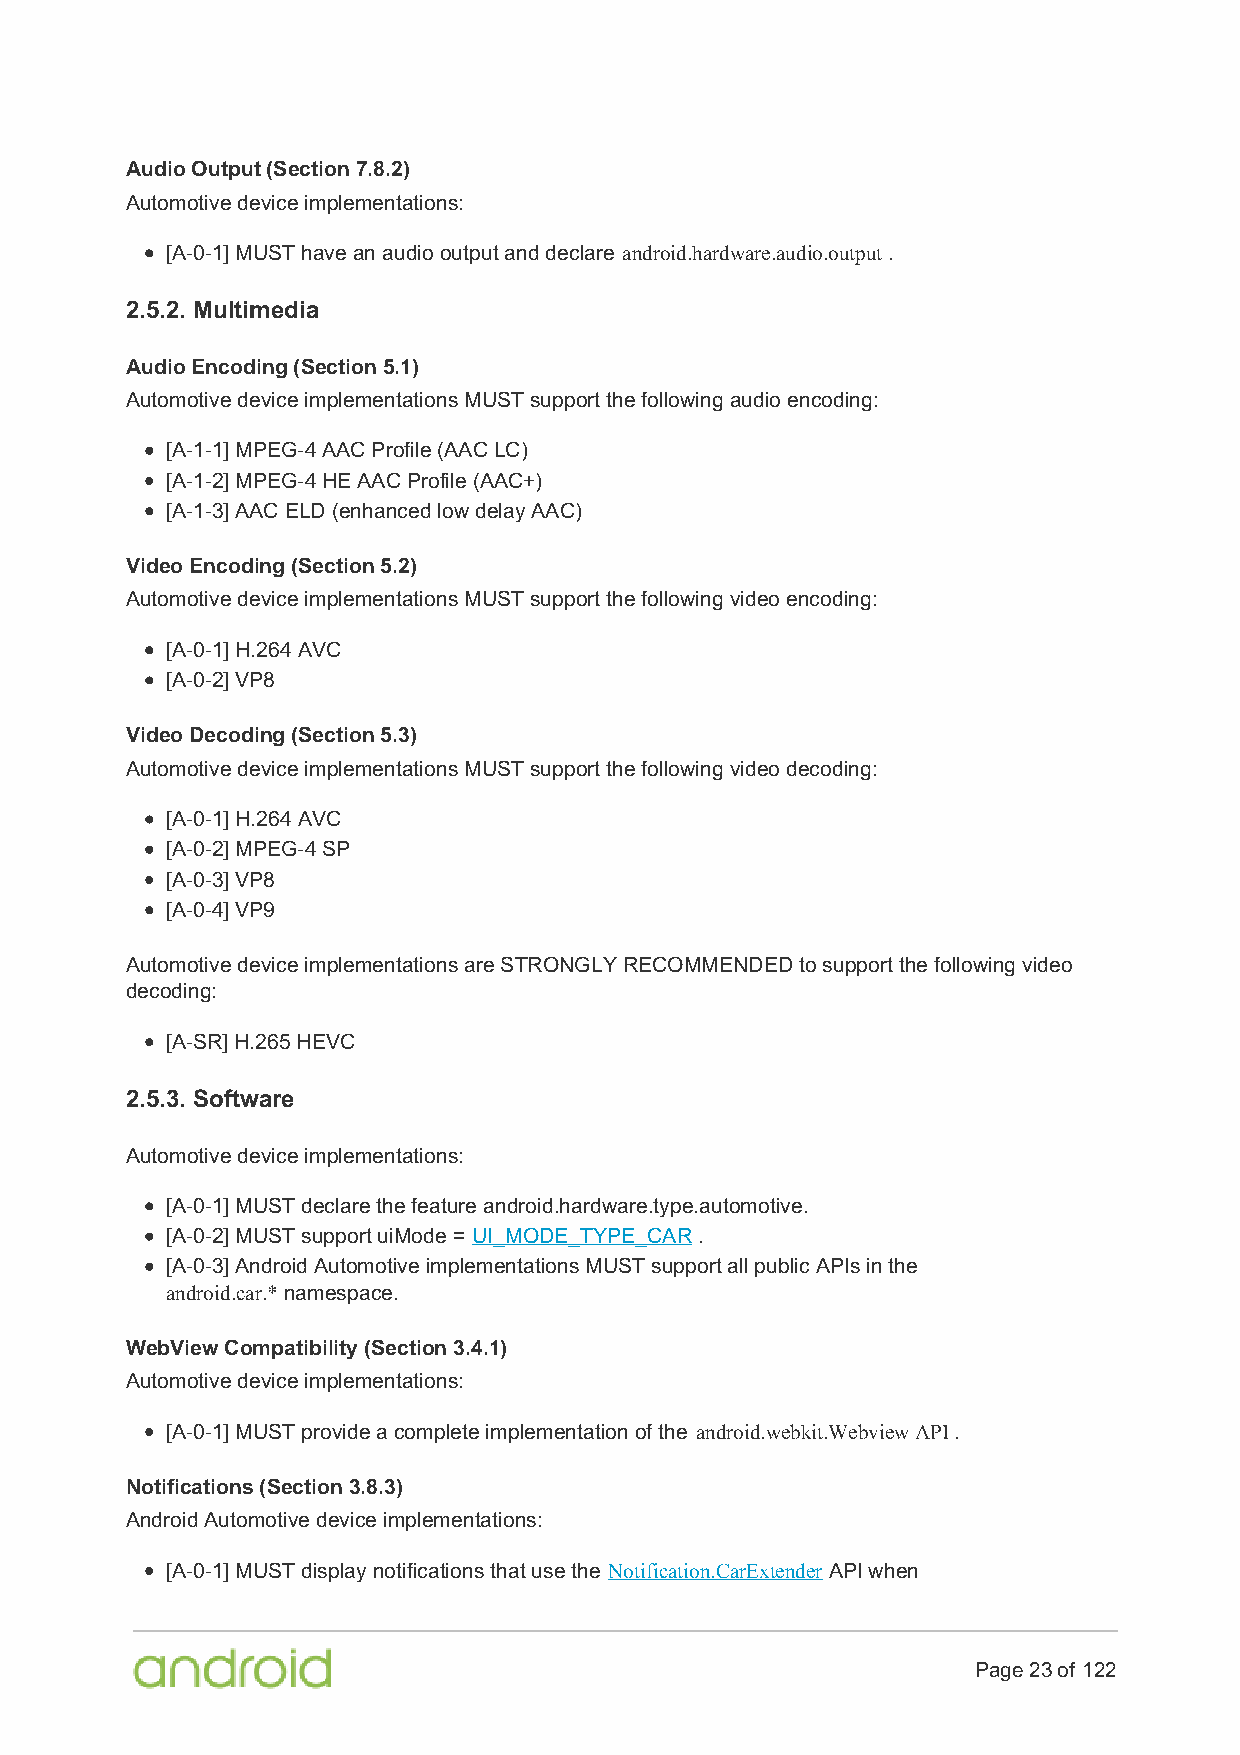
Audio Output (Section 7.8.2)
 Automotive device implementations:
 [A-0-1] MUST have an audio output and declare android.hardware.audio.output .
 2.5.2. Multimedia
 Audio Encoding (Section 5.1)
 Automotive device implementations MUST support the following audio encoding:
 [A-1-1] MPEG-4 AAC Profile (AAC LC)
 [A-1-2] MPEG-4 HE AAC Profile (AAC+)
 [A-1-3] AAC ELD (enhanced low delay AAC)
 Video Encoding (Section 5.2)
 Automotive device implementations MUST support the following video encoding:
 [A-0-1] H.264 AVC
 [A-0-2] VP8
 Video Decoding (Section 5.3)
 Automotive device implementations MUST support the following video decoding:
 [A-0-1] H.264 AVC
 [A-0-2] MPEG-4 SP
 [A-0-3] VP8
 [A-0-4] VP9
 Automotive device implementations are STRONGLY RECOMMENDED to support the following video
 decoding:
 [A-SR] H.265 HEVC
 2.5.3. Software
 Automotive device implementations:
 [A-0-1] MUST declare the feature android.hardware.type.automotive.
 [A-0-2] MUST support uiMode = UI_MODE_TYPE_CAR .
 [A-0-3] Android Automotive implementations MUST support all public APIs in the
 android.car.* namespace.
 WebView Compatibility (Section 3.4.1)
 Automotive device implementations:
 [A-0-1] MUST provide a complete implementation of the android.webkit.Webview API .
 Notifications (Section 3.8.3)
 Android Automotive device implementations:
 [A-0-1] MUST display notifications that use the Notification.CarExtender API when
 Page 23 of 122